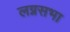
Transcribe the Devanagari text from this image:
लग्नसभा